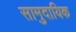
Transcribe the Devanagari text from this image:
सामुदायिक